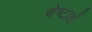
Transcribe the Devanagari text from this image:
चेष्‍टाओं